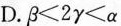
D.$$β < 2 γ < α$$